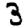
Digit: 3